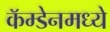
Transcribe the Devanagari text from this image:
कॅम्डेनमध्ये